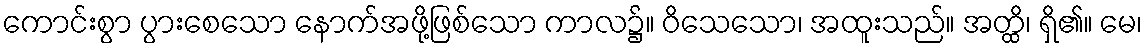
ကောင်းစွာ ပွားစေသော နောက်အဖို့ဖြစ်သော ကာလ၌။ ဝိသေသော၊ အထူးသည်။ အတ္ထိ၊ ရှိ၏။ မေ၊